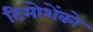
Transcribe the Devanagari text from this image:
टिमोशेंको